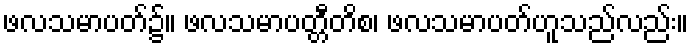
ဖလသမာပတ်၌။ ဖလသမာပတ္တီတိစ၊ ဖလသမာပတ်ဟူသည်လည်း။